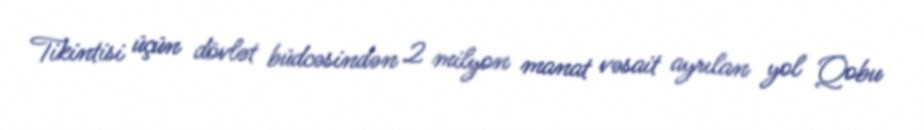
Tikintisi üçün dövlət büdcəsindən 2 milyon manat vəsait ayrılan yol Qobu